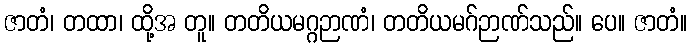
ဇာတံ၊ တထာ၊ ထို့အ တူ။ တတိယမဂ္ဂဉာဏံ၊ တတိယမဂ်ဉာဏ်သည်။ ပေ။ ဇာတံ။